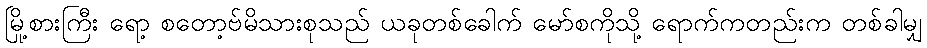
မြို့စားကြီး ရော့ စတော့ဗ်မိသားစုသည် ယခုတစ်ခေါက် မော်စကိုသို့ ရောက်ကတည်းက တစ်ခါမျှ